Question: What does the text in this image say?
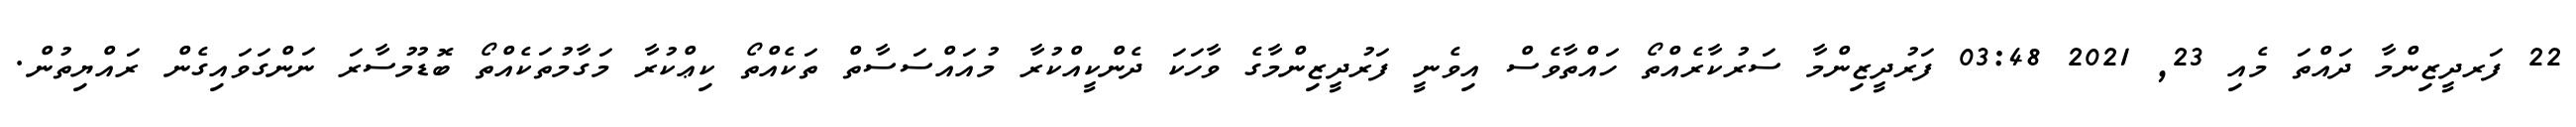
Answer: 22 ފަރދީޒިންމާ ދައްތަ މެއި 23, 2021 03:48 ފަރުދީޒިންމާ ސަރުކާރެއްތޯ ހައްތާވެސް އިވެނީ ފަރުދީޒިންމާގެ ވާހަކަ ދެންކީއްކުރާ މުއައްސަސާތް ތަކެއްތޯ ކިޢްކުރާ މަގާމުތަކެއްތޯ ބޮޑުމުސާރަ ނަންގަވައިގެން ރައްޔިތުން.